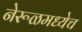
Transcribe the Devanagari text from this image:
नेरूळमध्येच